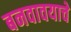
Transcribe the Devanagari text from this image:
बनवावयाचे